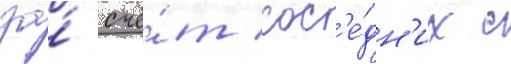
за́ счё́т сос'е́дн'их с